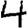
Digit: 4